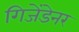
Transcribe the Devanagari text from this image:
गिजेंडेनर